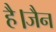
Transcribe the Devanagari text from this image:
है।जैन